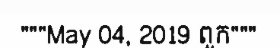
"""May 04, 2019 ពួក"""